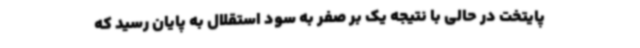
پایتخت در حالی با نتیجه یک بر صفر به سود استقلال به پایان رسید که